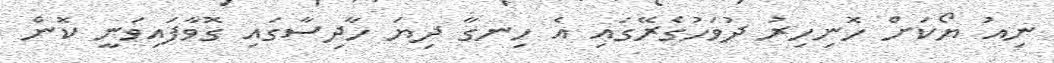
ނިއު ޔޯކަށް ހޮނިހިރު ދުވަހުގެރޭގައި އެ ހިނގާ ދިޔަ ހާދިސާގައި ގޮވާފައިވަނީ ކޮން